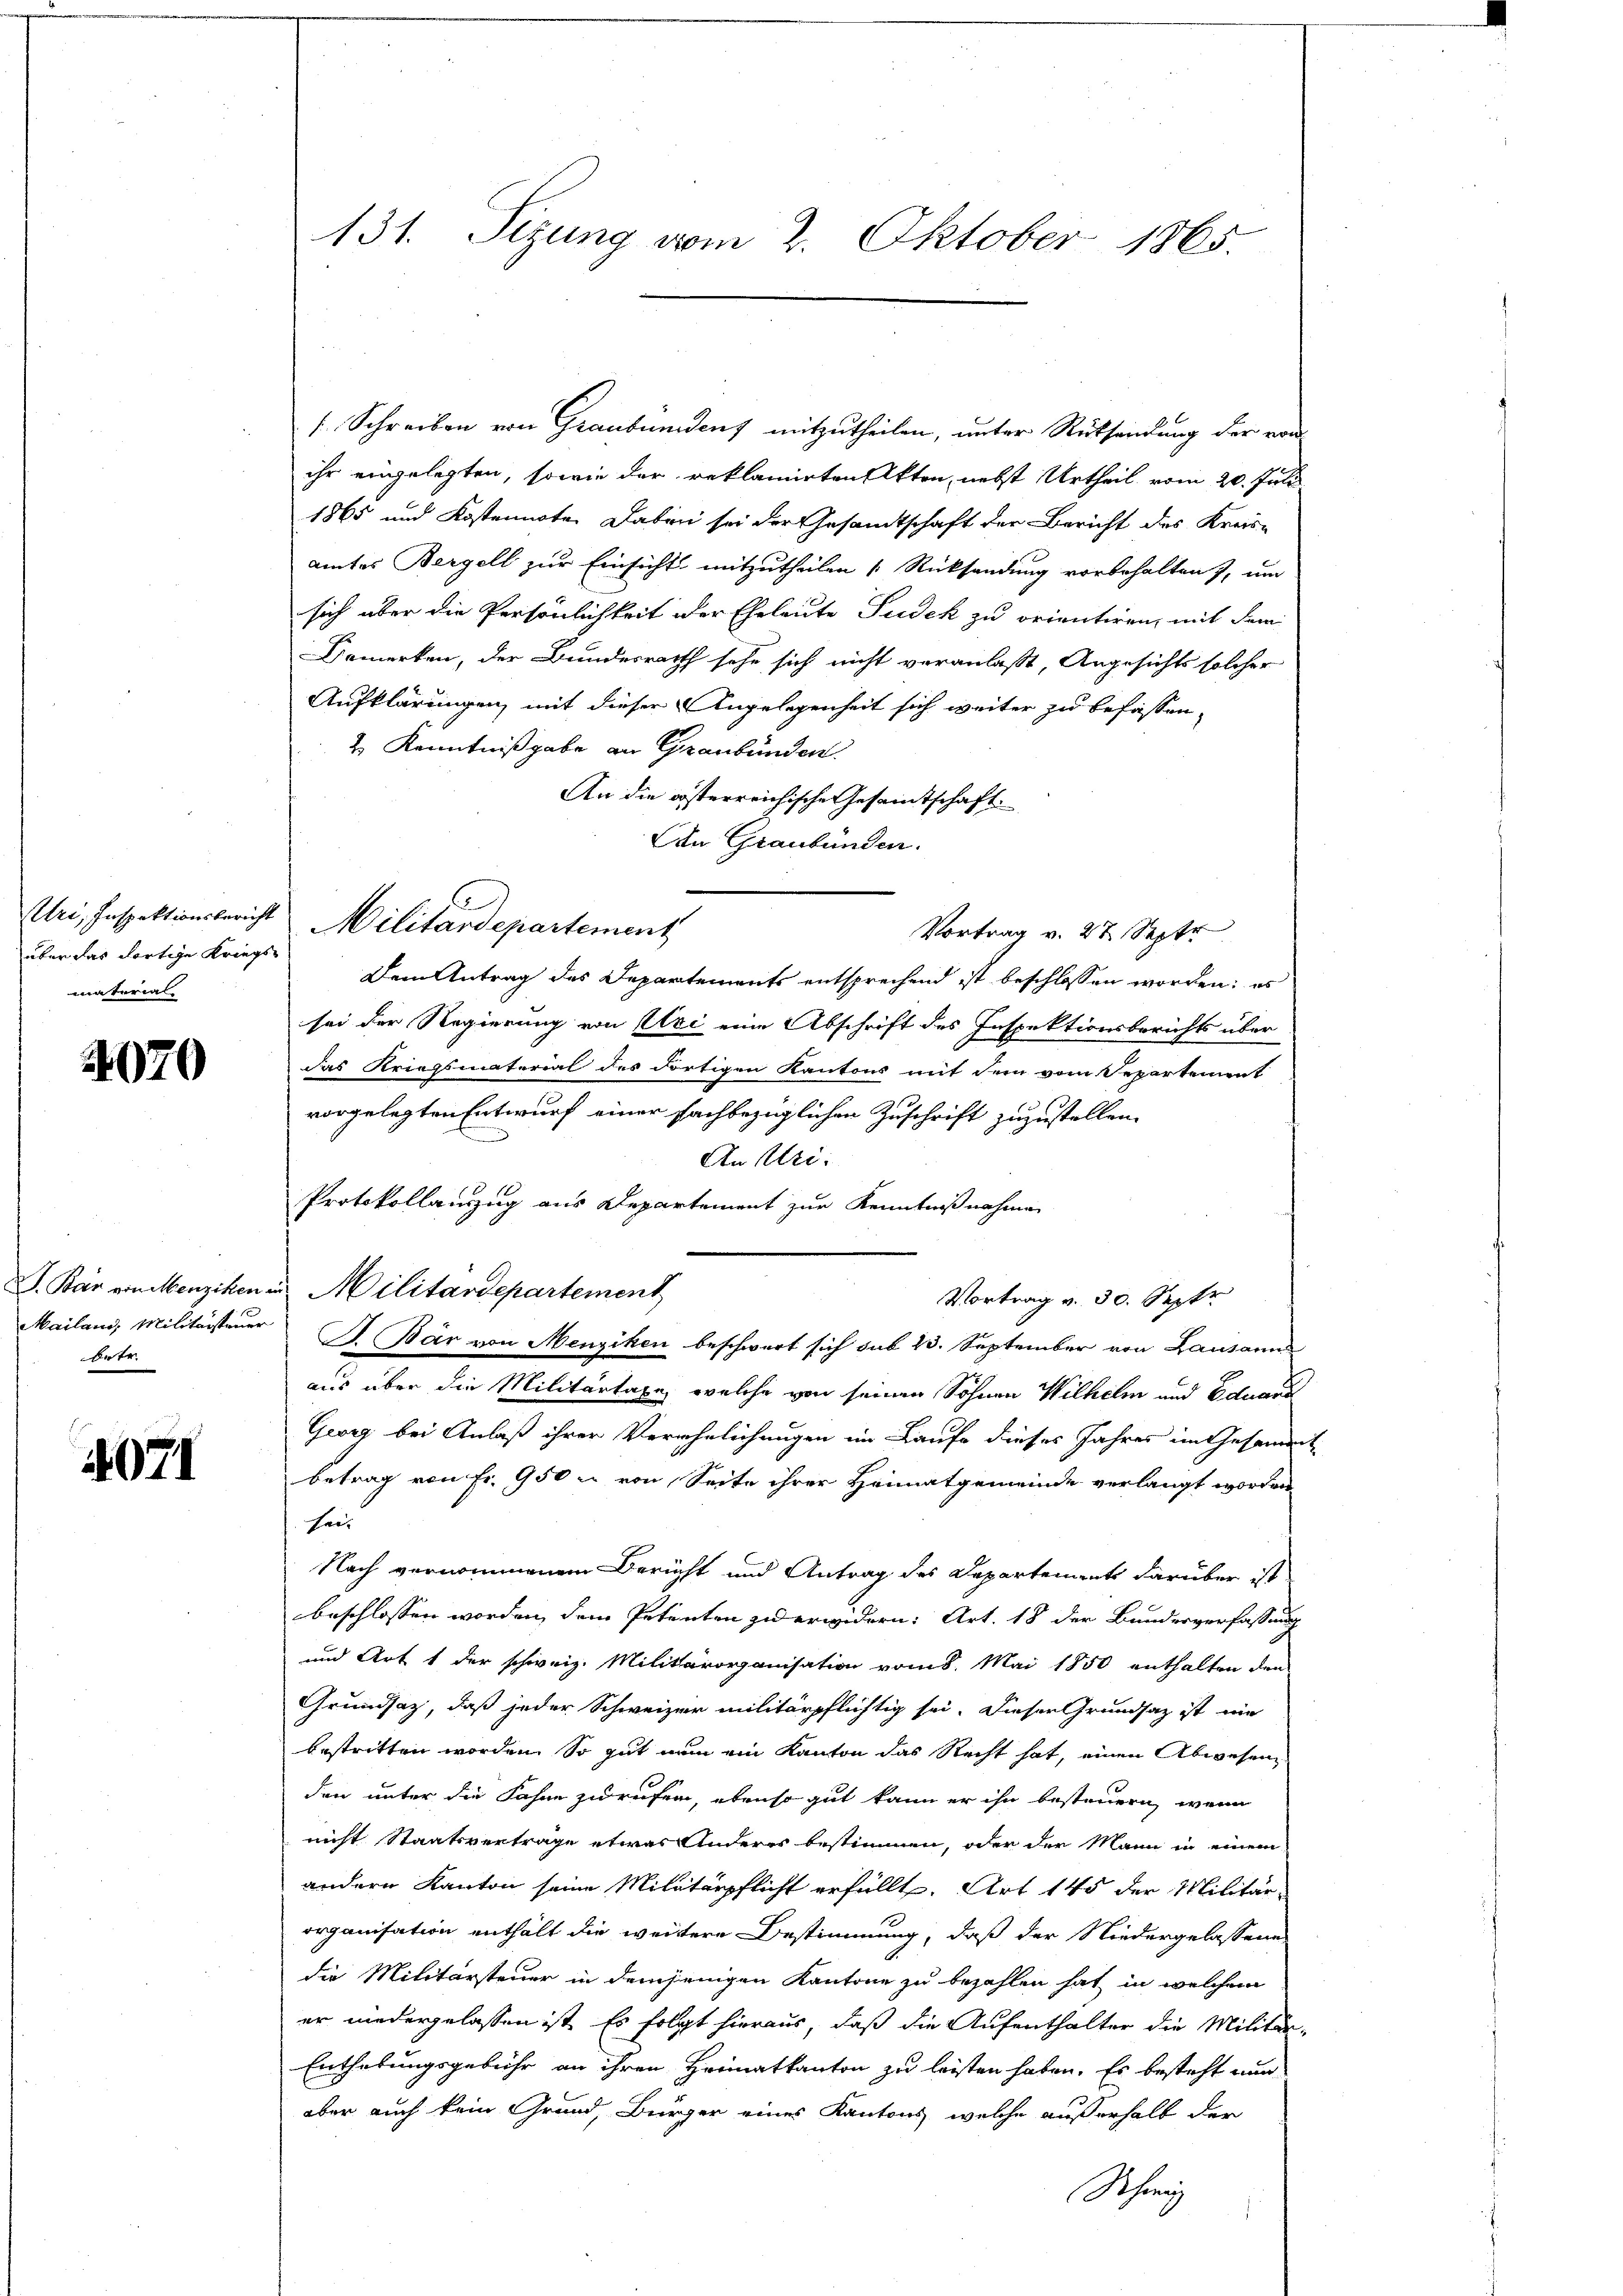
über das dortige Kriegsmaterial

4070

drer

4071

s. Schreiben von Graubündens mitzutheilen, unter Rücksendung der von
ihr eingelegten, sowie der reklamirten Akten, nebst Urtheil vom 20. Juli
1865 und Kostennote daben sei der Gesamtschaft der Bericht des Kreis-
amtes Bergell zur Einsicht mitzutheilen Rücksendung vorbehalten, um
sich über die Persönlichkeit der Eheleute Pudek zu orientiren, mit dem
Bemerken, der Bundesrath sehe sich nicht veranlaßt, Angesichts solcher
Aufklärungen, mit dieser Angelegenheit sich weiter zu befassen,
2 Kenntnißgabe an Graubünden.
An die österreichische Gesamtschaft.
An Graubünden.
Uri, Inspektionsbericht Militärdepartement
Dem Antrag des Departements entsprechend ist beschlossen worden; es
sei der Regierung von Uri eine Abschrift des Inspektionsberichts über
das Kriegsmaterial des Fortigen Kantons mit dem vom Separtement
vorgelegten Entwurf einer sachbezüglichen Zuschrift zuzustellen.
An Uri:
Protokollanzzug aus Departement zur Kenntnißnahmen
I. Bär von Menziken in Militärdepartement
Vortrag v. 30. Septr
Mailand, Militärsteuer H. Bär von Menziken beschwert sich sub 23. September von Lausann
aus über die Militärtaxe, welche von seinen Sohnen Wilhelm und Eduard
Geiz bei Anlaß ihrer Verehelichungen im Laufe dieses Jahres im Gesammt
Betrag von Fr. 950 u von Seite ihrer Heimatgemeinde verlangt worden
Haus
Nach vernommenem Bericht und Antrag des Departements darüber ist
beschlossen worden, dem Petenten zu erwidern: Art. 18 der Bundesverfassung
und Art 1 der schweiz. Militärorganisation vom 8. Mai 1850 enthalten den
Grundsatz, daß jeder Schweizer militärpflichtig sei. Dieser Grundsatz ist nie
bestritten worden. So gut nun ein Kanton das Recht hat, einen Abwesen
den unter die Sohne zurufen, ebenso gut kann er ihn besteuern, wenn
nicht Staatsvertrage etwas Anderes bestimmen, oder der Mann in einem
andern Kanton seine Militärpflicht erfüllt. Art 145 der Militärorganisation enthält die weitere Bestimmung, daß der Niedergelassene
die Militärsteuer in demjenigen Kantone zu bezahlen hat in welchem
er niedergelassen ist. Es folgt hieraus, daß die Aufenthalter die Militär-
Enthebungsgebühr an ihren Heimatkanton zu leisten haben. Es besteht nun
aber auch kein Grund, Bürger eines Kantons, welche außerhalb der
Schweiz

131. Sizung vom 2. Oktober 1865.

Vortrag v. 27. Septe